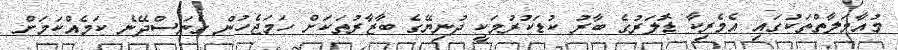
މުއާމަލާތްތަކުގައި އެމެރިކާ ޑޮލަރުގެ ބާރު ކުޑަކުރުމަކީ ދުނިޔޭގެ ބާޒާރުތަކަށް ހަމަޖެހުން ގެނަސްދޭނެ ކަމެއްކަމަށް